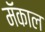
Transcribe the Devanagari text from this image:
मॅकाल